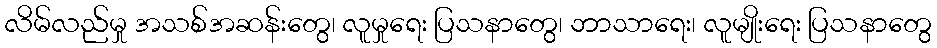
လိမ်လည်မှု အသစ်အဆန်းတွေ၊ လူမှုရေး ပြသနာတွေ၊ ဘာသာရေး၊ လူမျိုးရေး ပြသနာတွေ